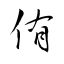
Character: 侑